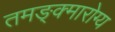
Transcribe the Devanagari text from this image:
तमङ्क्मारोग्य